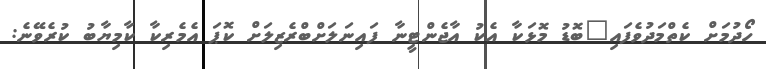
ހޯދުމަށް ކެތްމަދުވެފައި"ބޮޑު މޮޅަކާ އެކު އާޖެންޓީނާ ފައިނަލަށްބްރެޒިލަށް ކޮޕަ އެމެރިކާ ކާމިޔާބު ކުރެވޭނެ: